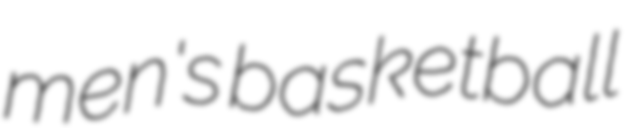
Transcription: men's basketball